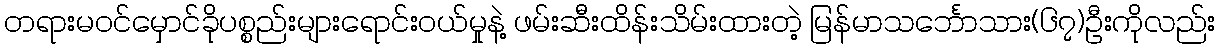
တရားမဝင်မှောင်ခိုပစ္စည်းများရောင်းဝယ်မှုနဲ့ ဖမ်းဆီးထိန်းသိမ်းထားတဲ့ မြန်မာသင်္ဘောသား(၆၇)ဦးကိုလည်း